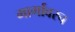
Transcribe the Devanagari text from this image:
मार्गांवरच